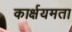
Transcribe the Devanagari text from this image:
कार्क्षयमता